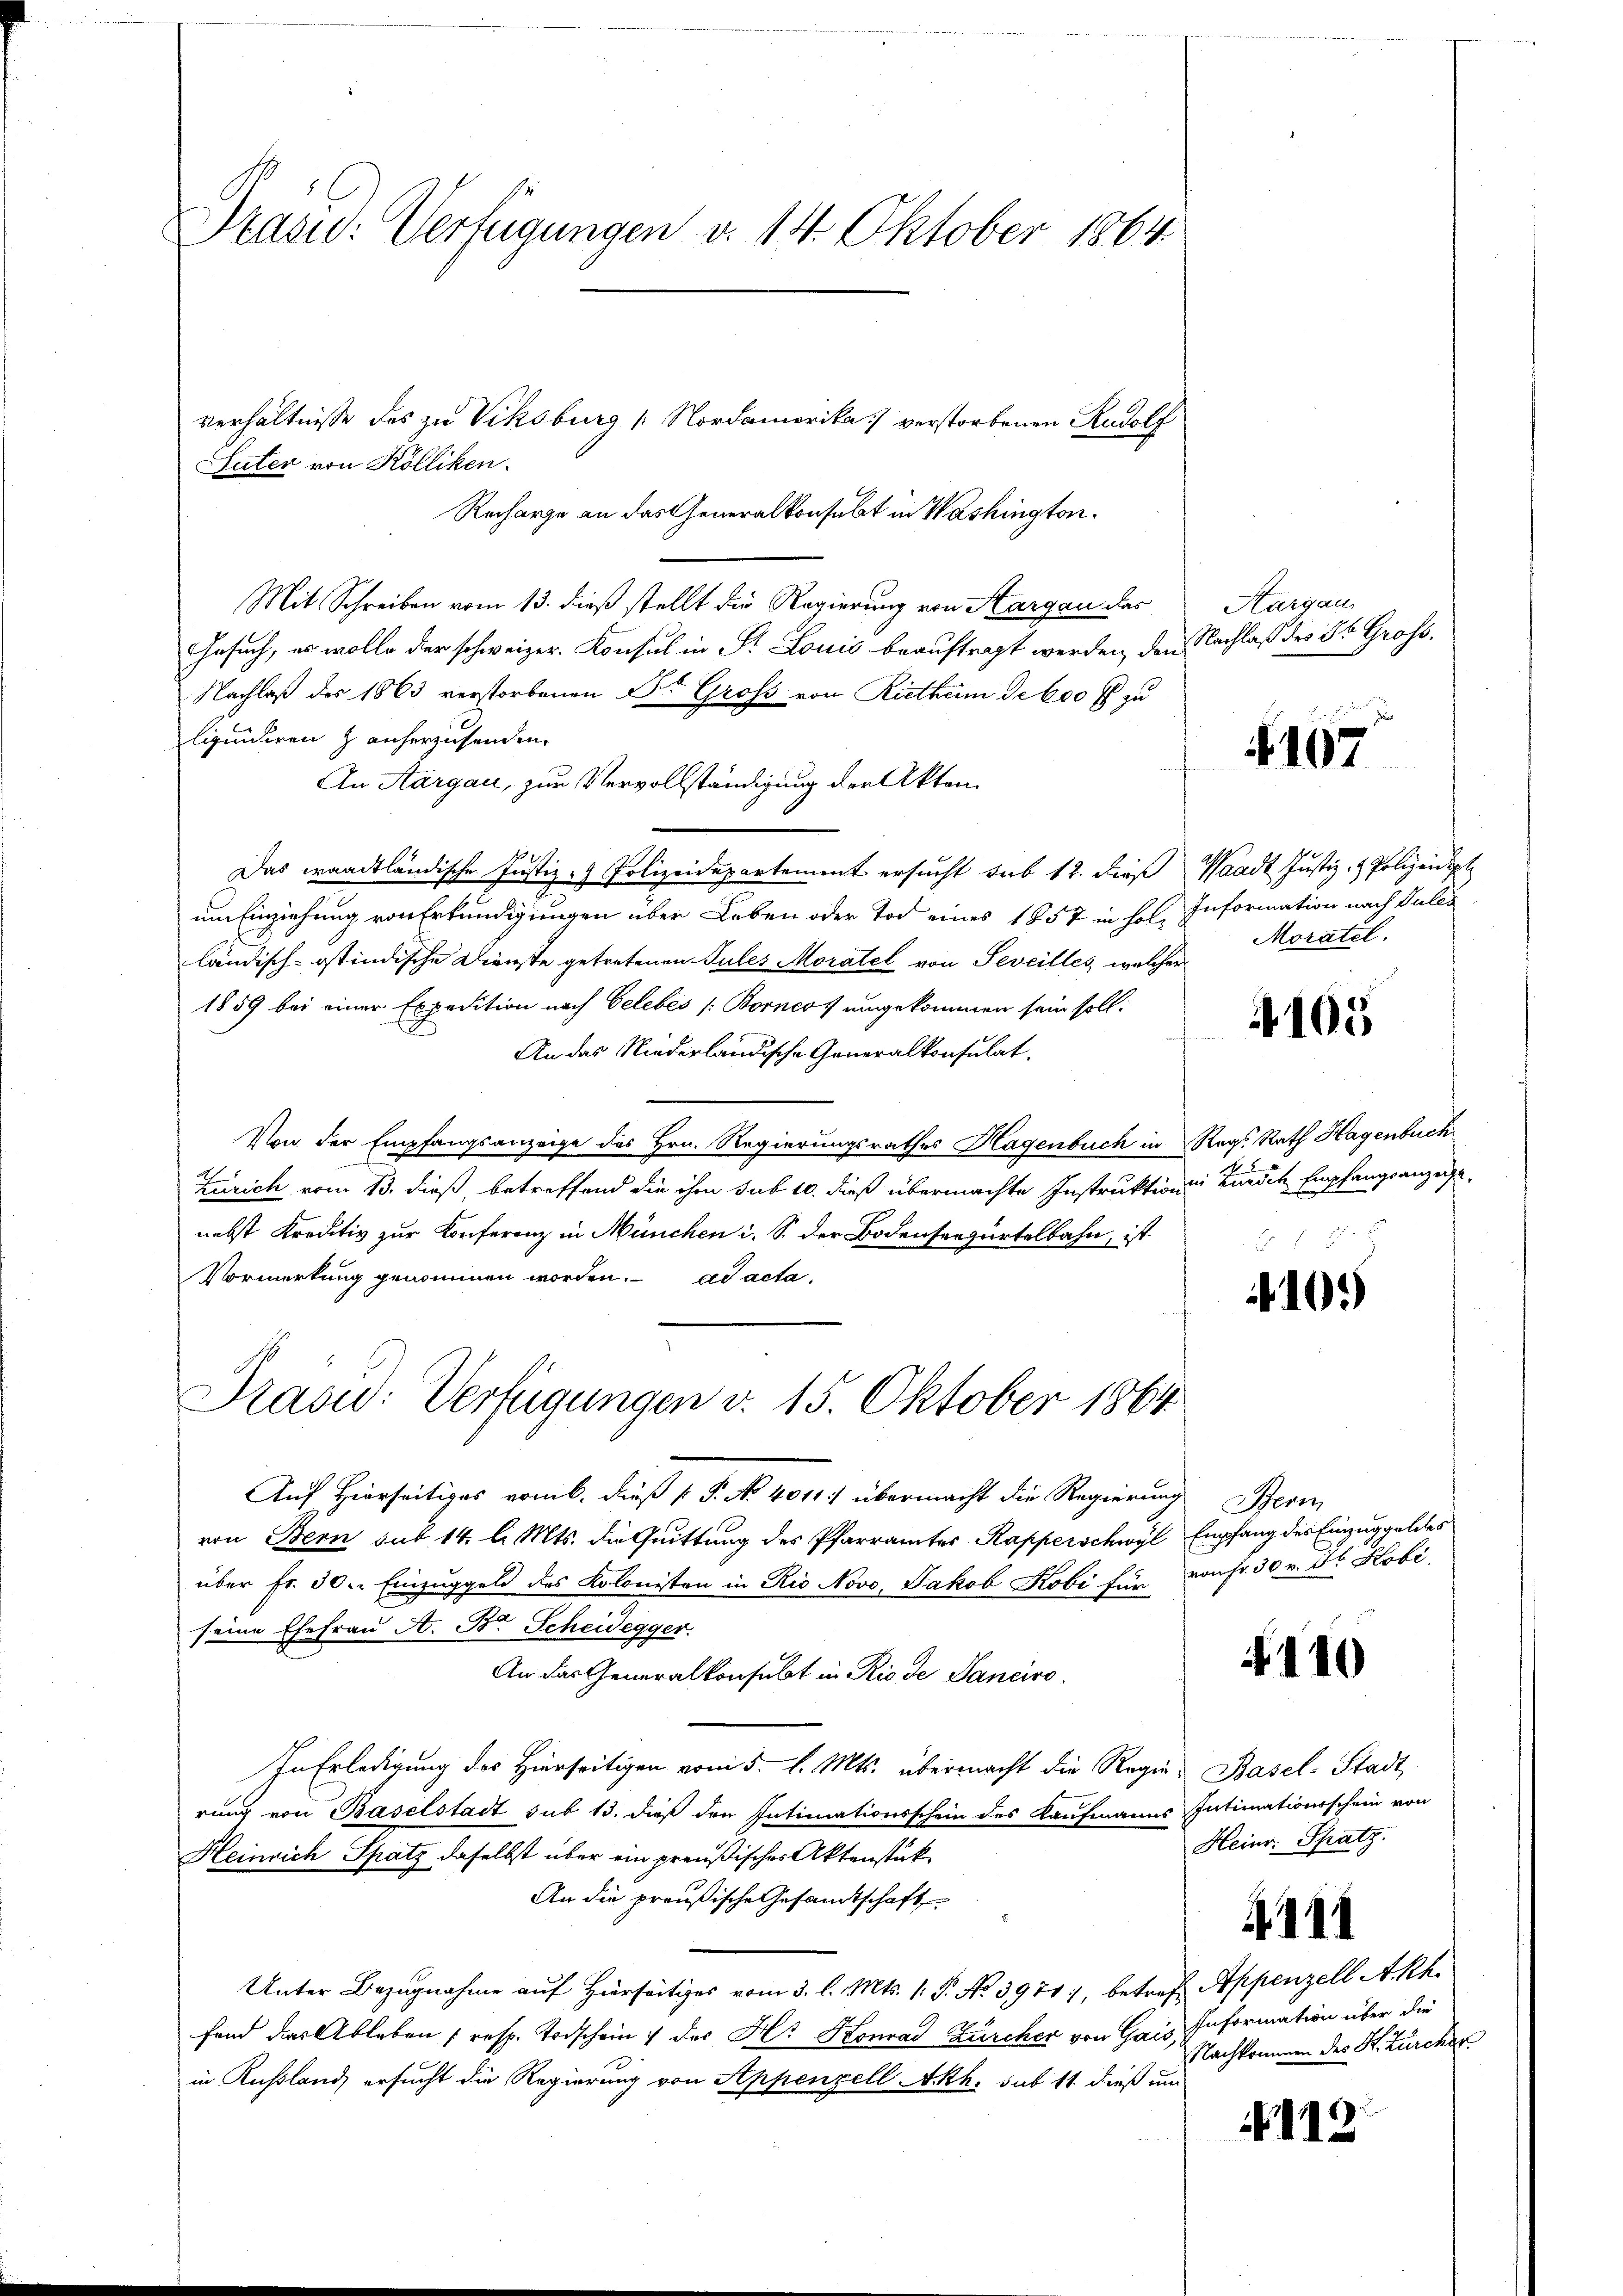
Präsid. Verfügungen d. 14. Oktober 1864.

verhältnisse des zu Viksburg [Nordamerika verstorbenen Rudolf
Suter von Kölliken.
Recharge an das Generalkonsubt in Washington.
Mit Schreiben vom 13. dieß stellt die Regierung von Aargau des
Gesuch, es wolle der schweizer. Konsul in P. Louis beauftragt werden, den Nachlaß der 25 Gross.
Nachlaß des 1863 verstorbenen Dr Gross von Riethum deboot zu
liquidiren z anherzusenden.
An Aargau, zur Vervollständigung der Akten.
Das waadtländische Justiz - Polizeidepartement ersucht sub 12. dieβ Waadt Justiz- & Polizeidept
um Einziehung von Erkundigungen über Leben oder Tod eines 1857 in hol. Information nach Pules
ländisch-ostindische Dienste getretenen Sules Moratel von Seveilles, welcher
1859 bei einer Expedition nach Gelebes /: Bornes umgekommen sein soll.
An das Niederländische Generalkonsulat.
Von der Empfangsanzeige des Hrn. Regierungsrathes Hagenbuch in Regs Rath Hagenbuch
iedenen eine
Zürich vom 13. dieß betreffend die ihm sub 10. dieß übermachte Instruktion in Zürich Empfangsanzeigenebst Kreditiv zur Konferenz in München i. S. der Bodenseegürtelbahn, ist
Vormerkung genommen worden. ad acta
Prasid: Verfügungen v. 15. Oktober 1864.
Auf Hierseitiges vom 6. dieß P. P. No 4011.) übermacht die Regierung
von Bern sub 14. l. Mts. die Quittung des Pfarramtes Kapperschwyl Empfang des Einzug geldes
über fr. 30. Einzuggeld des Kolonisten in Rio Novo, Jakob Kobi für von fr. 30 v. Fr. Kobi
seine Ehefrau A. B. Scheidegger.
An das Generalkonsubt in Rio de Sanciro
In Erledigung des Hierseitigen vom 5. d. Mts. übermacht die Regie-Basel-Stadt
rung von Baselstadt sub 13. dieß den Intimationsschein des Kaufmanns Intimationsschein von
Heinrich Spatz daselbst über ein preußisches Aktenstük¬
An die preußische Gesandtschaft
Unter Bezugnahme auf Hierseitiges vom 3. l. Mts. 1. P. No 3971, betref Appenzell Akh
fand das Ableben (resp. Todschein der Hr Konrad Zürcher von Gais Information über die
in Kußland, ersucht die Regierung von Appenzell Akh. sub 11 dieß um

Hargau,

N 167

Moratel.

4105

1
4105)

Perm

110

Heinr. Spatz.

441

Nachkommen des Kt. Zürcher

112.